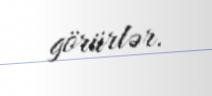
görürlər.